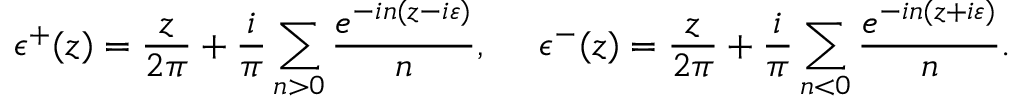
\epsilon ^ { + } ( z ) = \frac { z } { 2 \pi } + \frac { i } { \pi } \sum _ { n > 0 } \frac { e ^ { - i n ( z - i \varepsilon ) } } { n } , ~ ~ ~ ~ \epsilon ^ { - } ( z ) = \frac { z } { 2 \pi } + \frac { i } { \pi } \sum _ { n < 0 } \frac { e ^ { - i n ( z + i \varepsilon ) } } { n } .